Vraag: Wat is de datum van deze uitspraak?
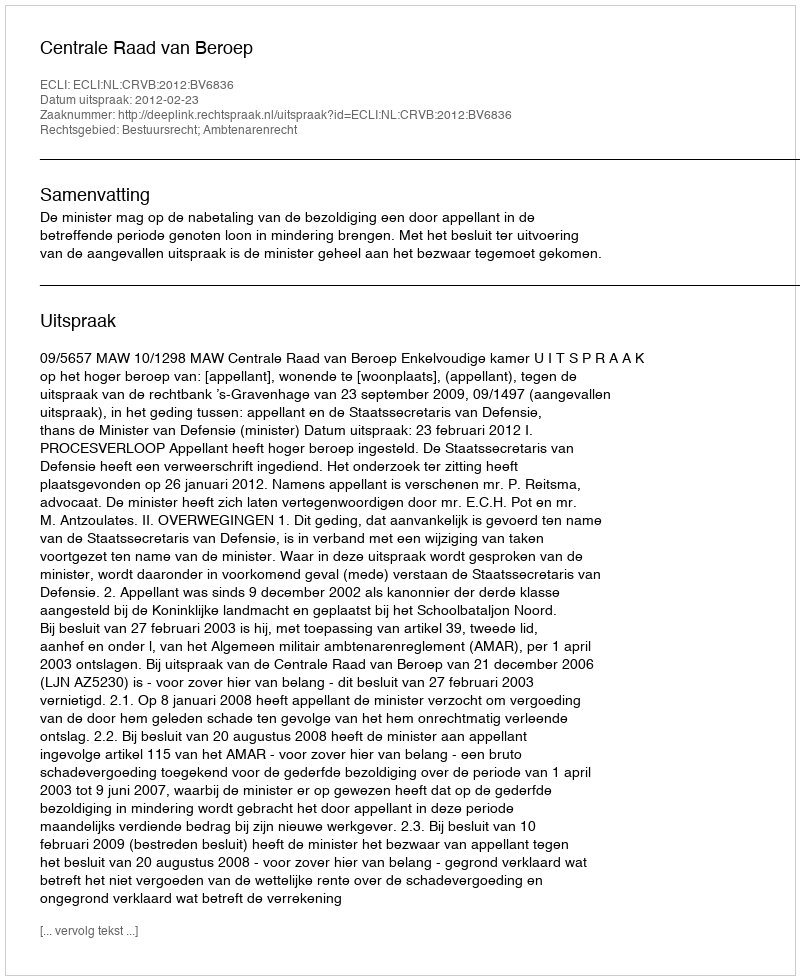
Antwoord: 2012-02-23